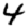
Digit: 4